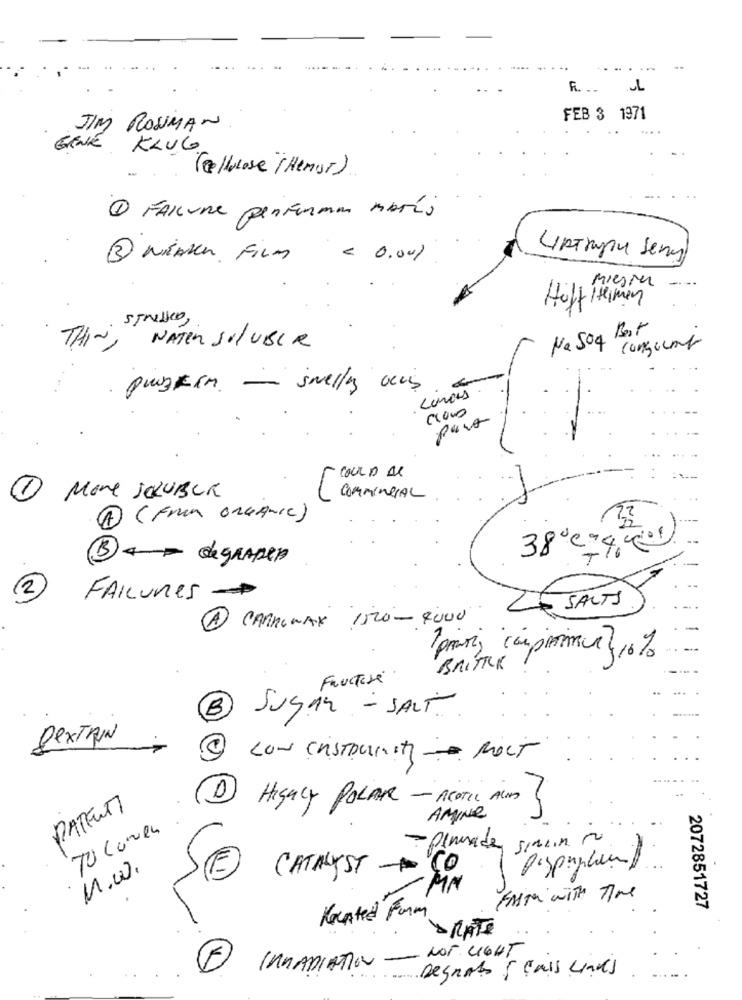
R ...
FEB 3 1971
JIM ROUMAN
GENE
KLUG
(cellulose ( Hemist).
1 FAILURE BenFurman Marii
3 Winter Film < 0.00)
LIPTrupu Jemy
Miesten
-...
HoffHeimen
strassen,
Na Sog Best
THING WATER SOLUBLE
consume
publim. - smelly any
caras
para
COULD AL
1 More SOLUBLE
COMMINERAL
1 ( From organic)
B+ = degroßen
2
FAILURES
SALTS
1 CARRERAX 1520- 4000
....
BRITTER
Fructose
B
SUGAR - SALT ..
DexTRIN
Low COSTRunt MOCT
PATENTI
1 Highly POLAR- ACOMIC ARI]
AMNe
To Cowen
- pensado spazio to
M.W.
E CATALYST CO
- MIN
FAIT with Time
2072851727
Kecated Form
DRATE
NOT LIGHT
F
Degnato 5 cais Lindes
INRADIATION
.....